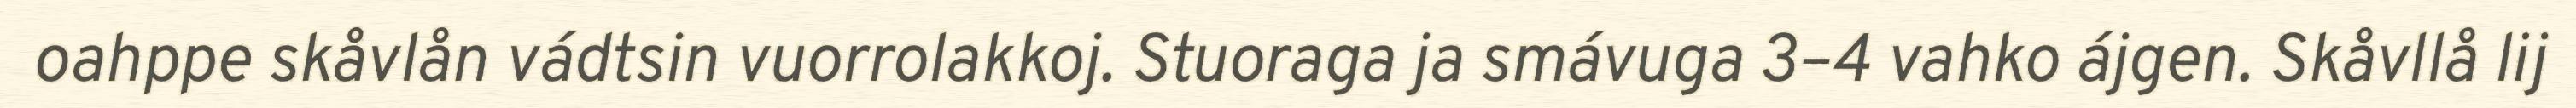
oahppe skåvlån vádtsin vuorrolakkoj. Stuoraga ja smávuga 3–4 vahko ájgen. Skåvllå lij